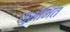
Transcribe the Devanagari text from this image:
सुशेभित